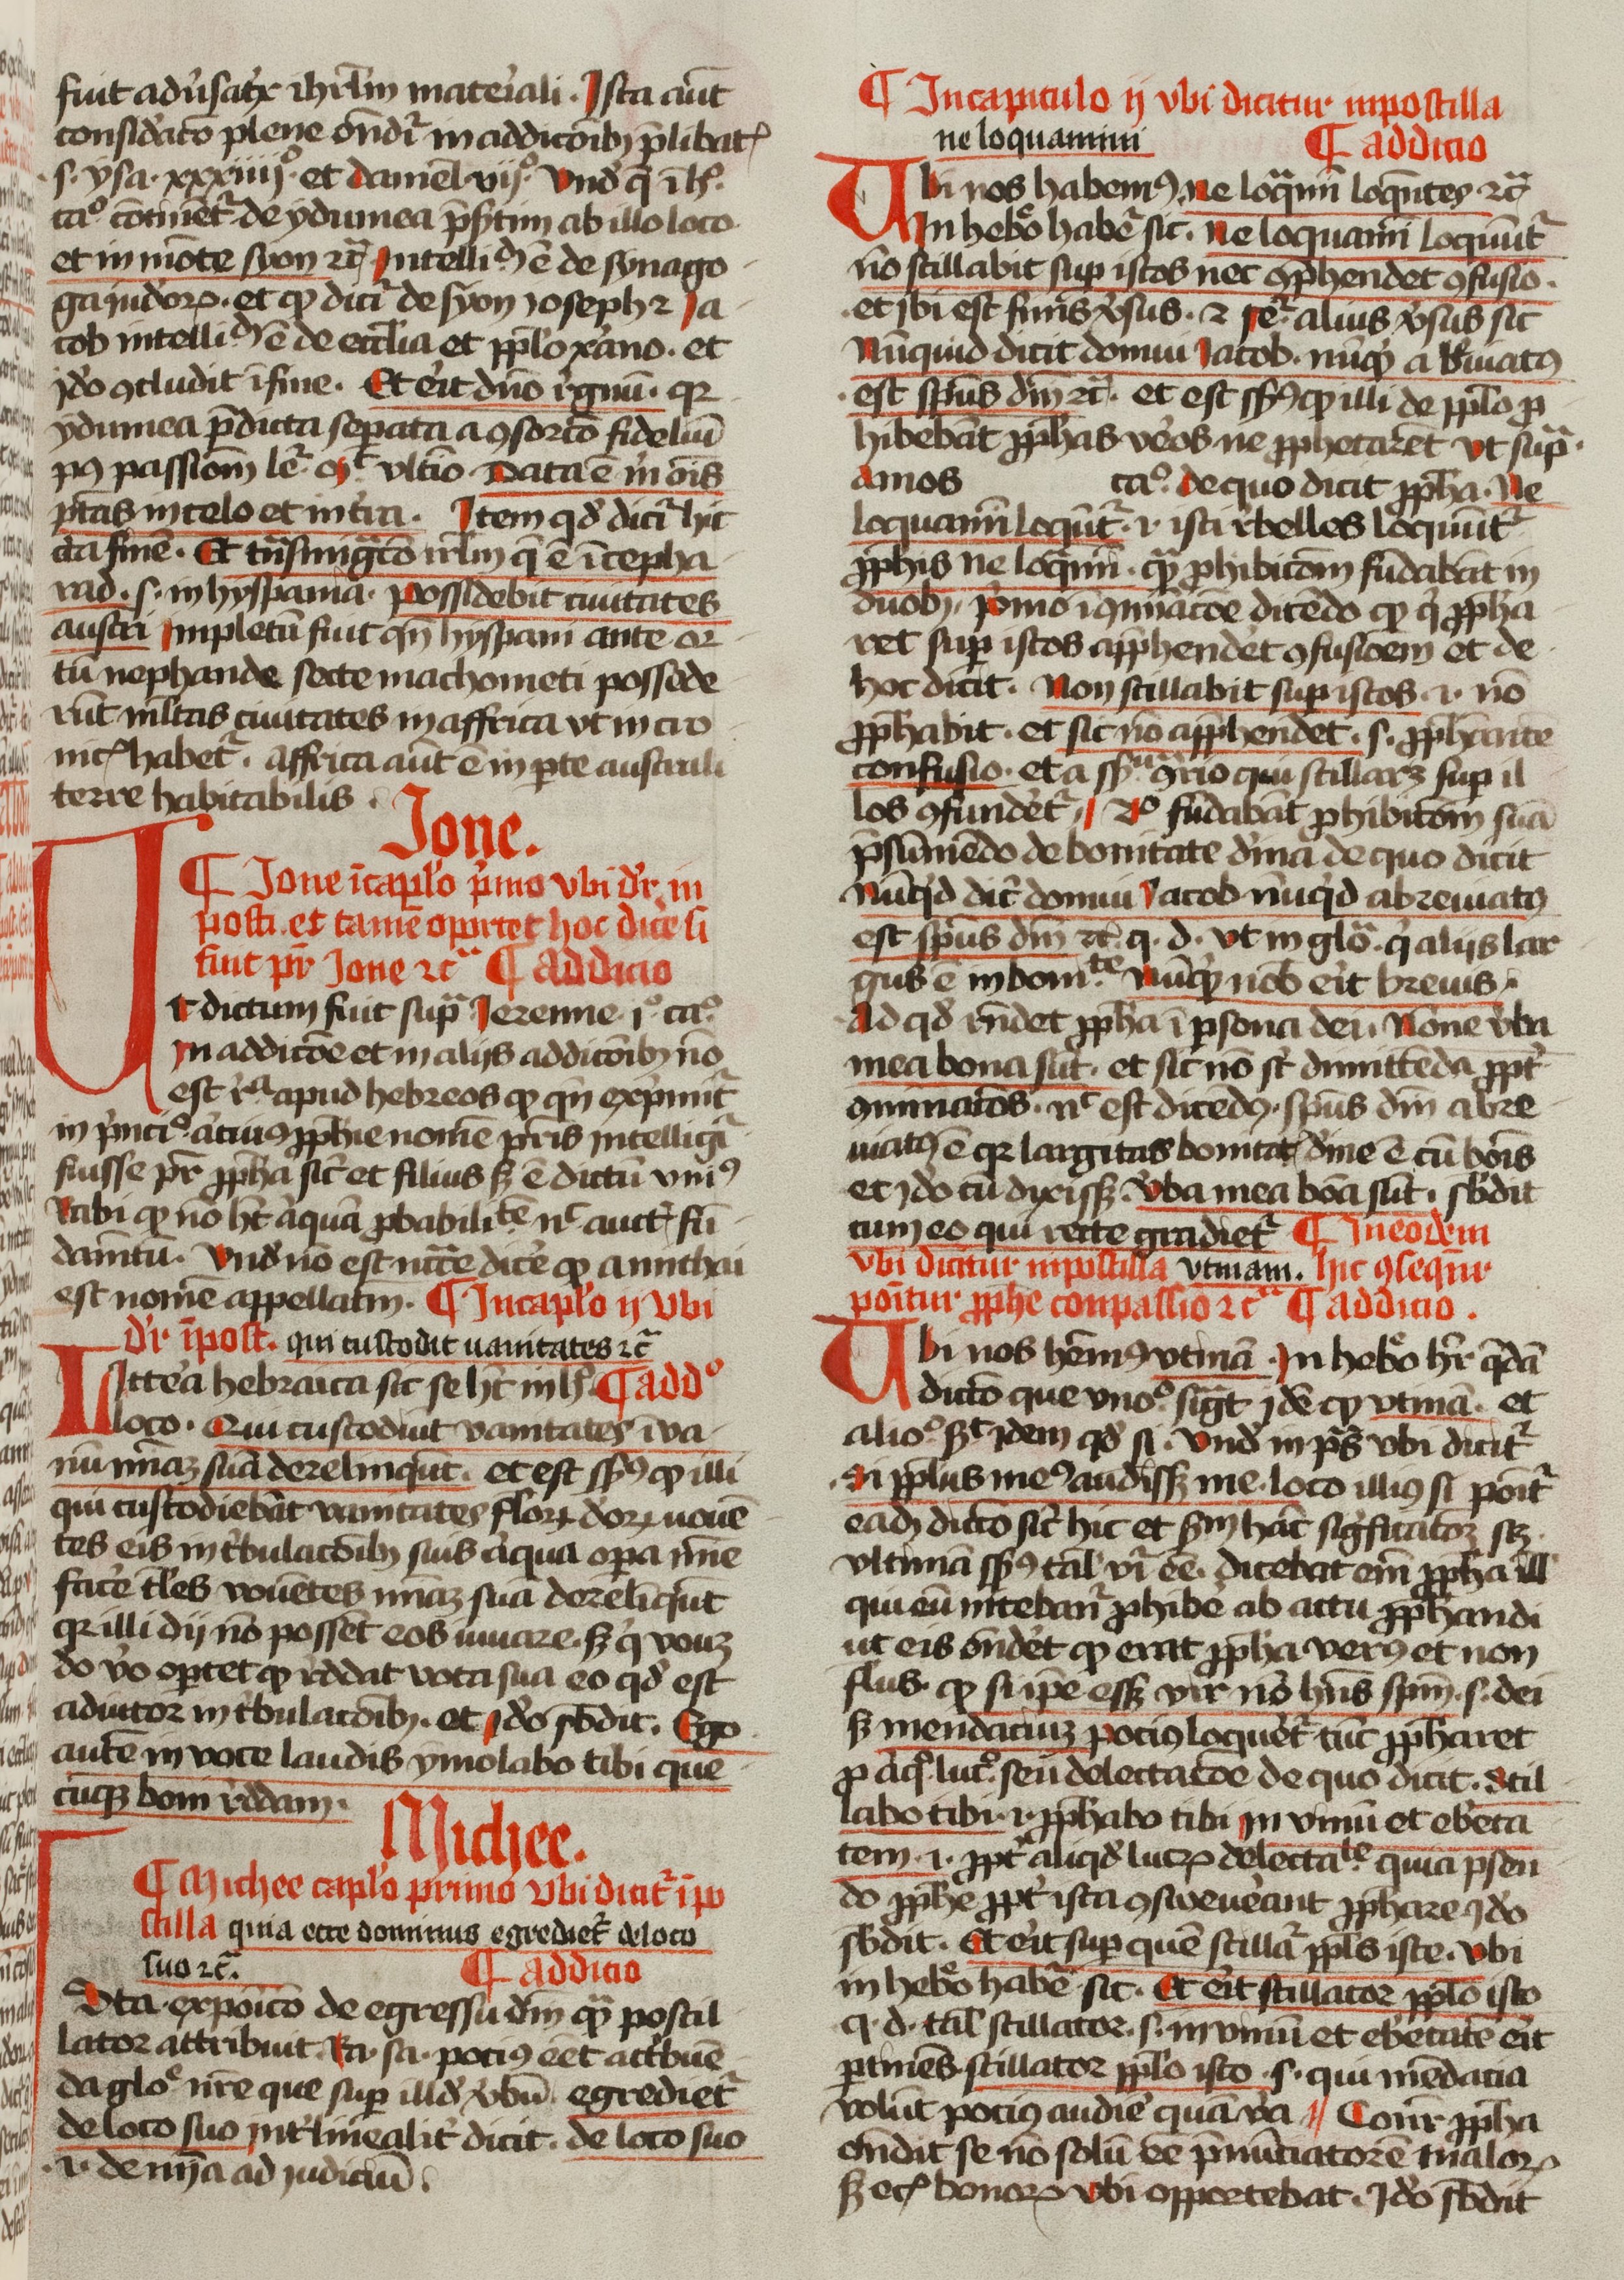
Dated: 1400–1499